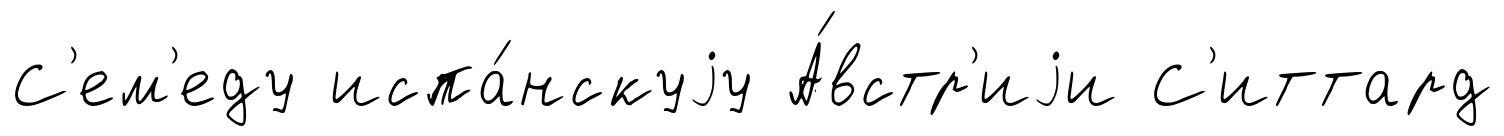
С'ем'еду испа́нскуjу А́встр'иjи С'иттард